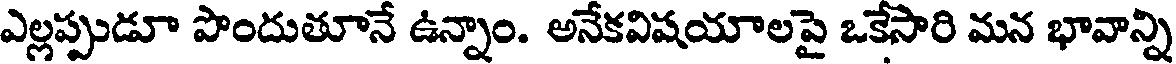
ఎల్లప్పుడూ పొందుతూనే ఉన్నాం. అనేకవిషయాలపై ఒకేసారి మన భావాన్ని